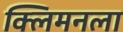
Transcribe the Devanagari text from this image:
क्लिमनला